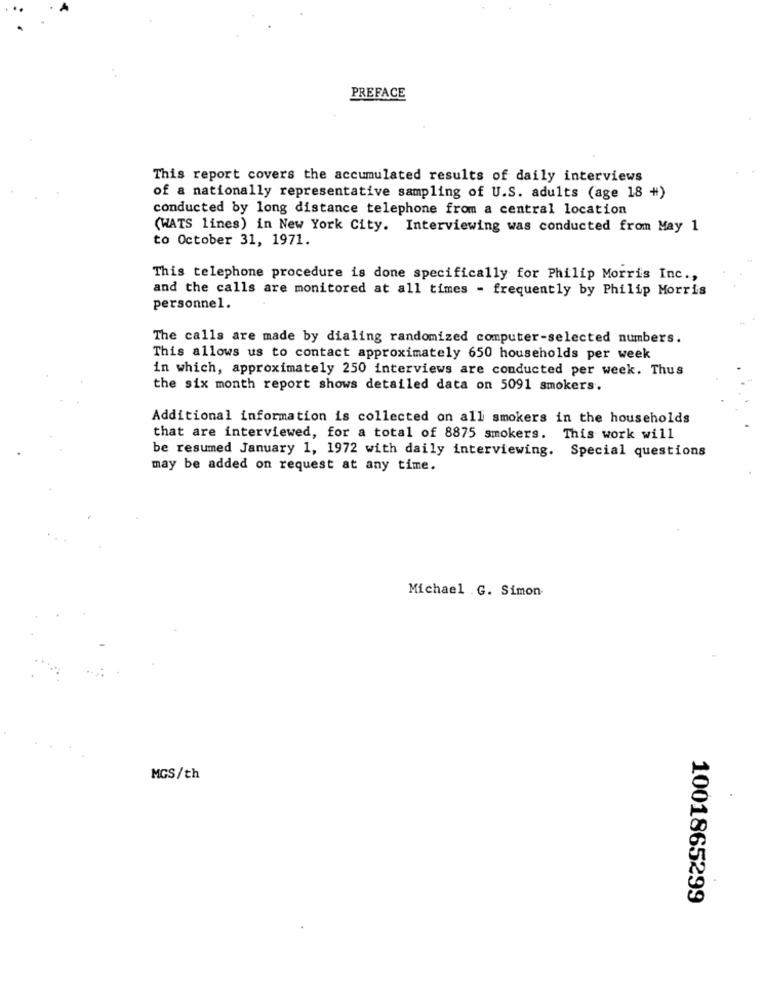
PREFACE
This report covers the accumulated results of daily interviews
of a nationally representative sampling of U.S. adults (age 18 +)
conducted by long distance telephone from a central location
(WATS lines) in New York City. Interviewing was conducted from May 1
to October 31, 1971.
This telephone procedure is done specifically for Philip Morris Inc .,
and the calls are monitored at all times - frequently by Philip Morris
personnel.
The calls are made by dialing randomized computer-selected numbers.
This allows us to contact approximately 650 households per week
in which, approximately 250 interviews are conducted per week. Thus
the six month report shows detailed data on 5091 smokers.
Additional information is collected on all smokers in the households
that are interviewed, for a total of 8875 smokers. This work will
be resumed January 1, 1972 with daily interviewing. Special questions
may be added on request at any time.
Michael .G. Simon
MGS/th
1001865299